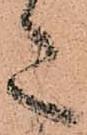
た